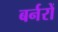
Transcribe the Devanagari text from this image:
बर्नरों